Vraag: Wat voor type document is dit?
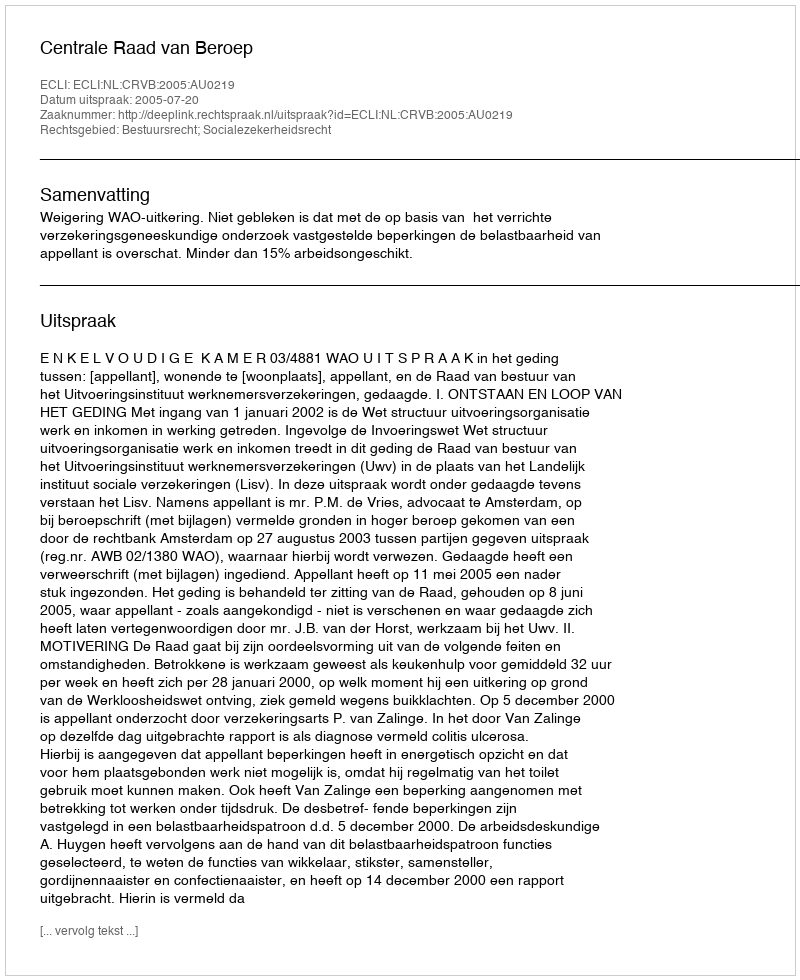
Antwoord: Uitspraak